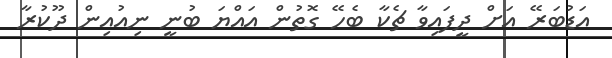
އަޑުބަރޭ އަށް ދީފައިވާ ޗެކާ ބެހޭ ގޮތުން އައްޔަ ބުނީ ނިއުއިން ދޫކުރާ